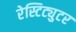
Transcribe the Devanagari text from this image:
रेस्टिट्युटर